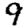
Digit: 9